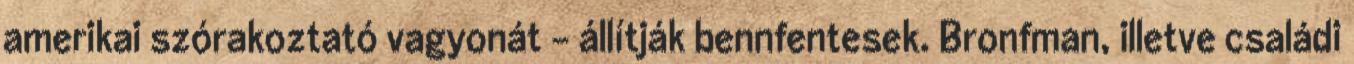
amerikai szórakoztató vagyonát – állítják bennfentesek. Bronfman, illetve családi